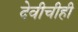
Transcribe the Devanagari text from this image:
देवीचीही